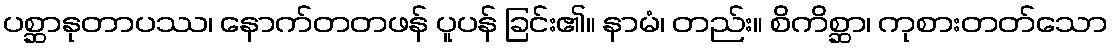
ပစ္ဆာနုတာပဿ၊ နောက်တတဖန် ပူပန် ခြင်း၏။ နာမံ၊ တည်း။ စိကိစ္ဆာ၊ ကုစားတတ်သော